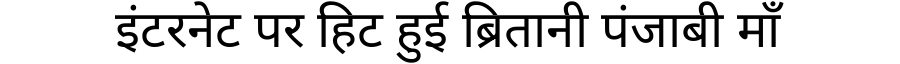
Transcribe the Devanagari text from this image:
इंटरनेट पर हिट हुई ब्रितानी पंजाबी माँ